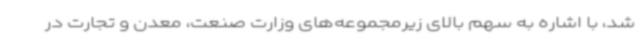
شد، با اشاره به سهم بالای زیرمجموعه‌های وزارت صنعت، معدن و تجارت در